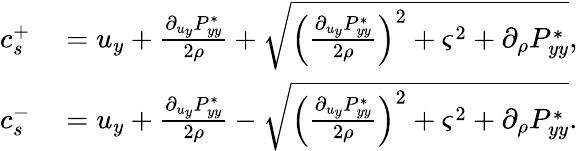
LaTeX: \begin{array}{rl}{c_{s}^{+}}&{{}=u_{y}+\frac{\partial_{u_{y}}P_{yy}^{*}}{2\rho}+\sqrt{{\left(\frac{\partial_{u_{y}}P_{yy}^{*}}{2\rho}\right)}^{2}+{\varsigma}^{2}+\partial_{\rho}P_{yy}^{*}},}\\ {c_{s}^{-}}&{{}=u_{y}+\frac{\partial_{u_{y}}P_{yy}^{*}}{2\rho}-\sqrt{{\left(\frac{\partial_{u_{y}}P_{yy}^{*}}{2\rho}\right)}^{2}+{\varsigma}^{2}+\partial_{\rho}P_{yy}^{*}}.}\end{array}